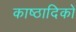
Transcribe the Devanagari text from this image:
काष्ठादिकों